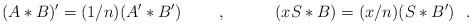
LaTeX: \begin{align*}(A*B)'=(1/n)(A'*B')~~~~~~~,~~~~~~~~~(xS*B)=(x/n)(S*B')~~.\end{align*}